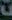
ت